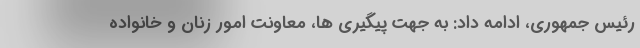
رئیس جمهوری، ادامه داد: به جهت پیگیری ها، معاونت امور زنان و خانواده